Vital statistics of India. Vol. IV, Annual returns from 1871 to 1876. British Army of India, Native Army and jails of Bengal
Year: 1871
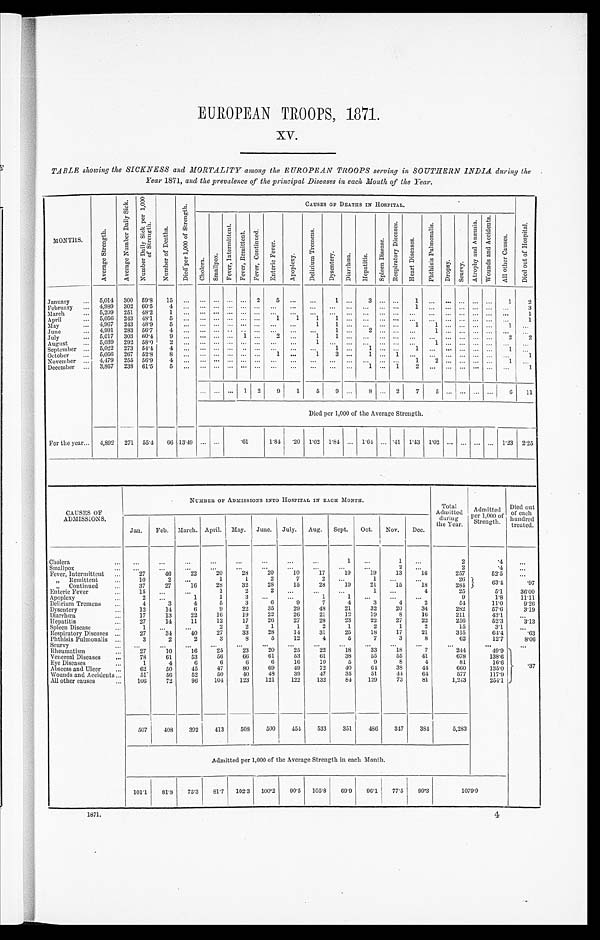
EUROPEAN TROOPS, 1871.
XV.
TABLE showing the SICKNESS and MORTALITY among the EUROPEAN TROOPS serving in SOUTHERN INDIA during the
Year 1871, and the prevalence of the principal Diseases in each Month of the Year.
MONTHS.
A v e r a g e S t r e n g t h .
A v e r a g e N u m b e r D a i l y S i c k .
N u m b e r D a i l y S i c k p e r 1 , 0 0 0
o f S t r e n g t h .
N u m b e r o f D e a t h s .
D i e d p e r 1 , 0 0 0 o f S t r e n g t h .
CAUSES OF DEATHS IN HOSPITAL.
D i e d o u t o f H o s p i t a l .
C h o l e r a . S m a l l p o x .
F e v e r , I n t e r m i t t e n t .
F e v e r , R e m i t t e n t . F e v e r , C o n t i n u e d .
E n t e r i c F e v e r .
A p o p l e x y .
D e l i r i u m T r e m e n s .
D y s e n t e r y . D i a r r h œ a .
H e p a t i t i s .
S p l e e n D i s e a s e .
R e s p i r a t o r y D i s e a s e s .
H e a r t D i s e a s e s .
P h t h i s i s P u l m o n a l i s .
D t o p s y .
S c u r v y .
A t r o p h y a n d A n æ m i a . W o u n d s a n d A c c i d e n t s .
A l l o t h e r C a u s e s .
January ... 5,014 300 59.8 15 ... ... ... ... ... 2
5 ... . . .
1 ...
3 ...
. . . 1
. . . ... . . . ... ...
1
2
February ... 4,989 302 60.5
4
. . . . . . . . . . . . . . . . . . ... ... ... ... ... ... ... . . . 1 ... ... ... ... ... ...
3
March
... 5,209 251 48.2 1
. . . . . . . . . . . . . . . . . . ... ... . . .
. . . . . .
. . . ... . . . ... ... ... ... ... ... ...
1
April
... 5,056 243 48.1 5 ... ... ... ... ... ... 1
1
1
1 ...
. . . ... . . .
. . . ...
. . . . . . . . . ... ...
1
May
... 4,967 243 48.9
5
. . . . . . . . . . . . . . . . . . . . .
. . .
1
1 . . . ... ... . . . 1 1
. . . . . . . . . . . . 1 ...
June
... 4,991 283 56.7 4 ...
. . . . . . . . . .. ... ... ... ...
1 ...
2 ...
. . .
. . . 1
. . . . . . . . . . . .
...
. . .
July
... 5,017 303 60.4
9
. . . . . . . . . . . . 1 . . . 2 ...
1
1
. . . ... ...
. . . ... ...
. . . . . . . . . ...
2
2
August ... 5,039 292 58.0
2
. . . . . . . . . . . . ... ... ... ...
1
. . . . . . . . . ... . . .
. . . 1
. . . . . . . . . ... ... ...
September ... 5,022 273 54.4 4 ... ... ...
. . . . . . ... ... ... ...
1
. . . 1 ...
. . . 1
. . .
. . . . . . . . . ...
1 ...
October ... 5,056 267 52.8 8
. . . . . . . . . . . . . . . . . . 1 ...
1
3 . . . 1 ...
1
. . . ...
. . . . . . . . . . . .
...
1
November ... 4,479 255 56.9 4 ... ... ... ... ... ... ... ... ... ...
. . . . . . ... . . . 1
2 . . . . . . . . . . . . 1 ...
December ... 3,867 238 61.5
. . .
. . . . . . . . . . . . . . . . . . ... ... . . . ... . . . 1 ... 1
2
. . . . . . . . . ... ... ...
1
... ... ... 1 2
9
1
5
9 ...
8 ... 2
7
5
. . . . . . . . . . . .
6 11
Died per 1,000 of the Average Strength.
For the year... 4,892 271 55.4
6 6 13.49 ...
. . . .61
1.84
. 2 0 1.02 1.84 ... 1.64 ... .41 1.43 1.02 ... ... ...
. . . 1.23 2. 25
CAUSES OF
ADMISSIONS.
NUMBER OF ADMISSIONS INTO HOSPITAL IN EACH MONTH.
Total
Admitted
during
the Year.
Admitted
Per 1,000 of
Strength.
Died out
of each
hundred
treated.
Jan. Feb. March. April. May. June. July. Aug. Sept. Oct. Nov. Dec.
Cholera
...
...
...
...
...
. . .
. . .
. . .
1
. . .
1
. . .
2
.4
...
Smallpox
... ...
...
. . . ...
. . .
. . .
. . .
. . .
. . .
. . .
2 ...
2
.4
...
Fever, Intermittent ...
27
46
22
20
28
20
10
17
19
19
13
16
257
52.5 ...
, , Remi t t ent ...
10
2
. . .
1
1
2
7
2
. . .
1
. . . ...
26 63.4
.97
, , C o n t i n u e d
37
27
16
28
32
28
15
28
19
21
15
18
284
Enteric Fever
15
. . . ...
1
2
2
. . . . . .
. . .
1
. . .
4
25
5.1 36. 00
Apoplexy
2 ...
1
1
3 ...
...
1
1
. . . . . .
. . .
9
1.8 11.11
Delirium Tremens ...
4
3
4
5
3
6
9
7
4
3
4
2
54
11.0
9 . 2 6
Dysentery
12
14
6
9
22
35
29
48
21
32
20
34
282
57.6
3. 19
Diarrhœa
...
17
13
22
16
19
22
26
21
12
19
8
16
211
43.1 ...
Hepatitis
...
27
14
11
12
17
26
27
28
23
22
27
22
256
52.3
3 . 1 3
Spleen Disease...
1 ...
. . .
2
2
1
1
2
1
2
1
2
15
3.1 ...
Respiratory Diseases ...
27
34
40
27
33
28
14
31
25
18
17
21
315
64.4
.63
Phthisis Pulmonalis ...
3
2
2
3
8
5
12
4
5
7
3
8
62
12.7
8 . 0 6
Scurvy
. . .
. . .
. . .
. . .
. . .
. . .
. . .
. . . . . .
. . .
. . .
. . .
. . .
...
. . .
Rheumatism
...
27
10
16
25
23
2 0
2 5
2 2 18
33
18
7
244
49.9
.37
Venereal Diseases ...
78
61
53
56
66
61
53
61
38
55
55
41
678
138.6
Eye Diseases
1
4
6
6
6
6
16
10
5
9
8
4
81
16.6
Abscess and Ulcer ..,
62
50
45
47
80
69
49
72
40
6 4 38
44
660
135.0
Wounds and Accidents...
51
56
52
50
40
48
39
47
35
51
44
64
577
117.9
All other causes ... 106
72
96
104
123
121
122
132
84
129
73
81
1,243
254.1
507
408
392
413
508
500
454
533
351
486 347 384
5,283
Admitted per 1,000 of the Average Strength in each Month.
101.1 81.8 75.3 81.7 102.3 100.2 90.5 105.8 69.9 96.1 77.5 99.3
1 0 7 9 . 9
1871.
4